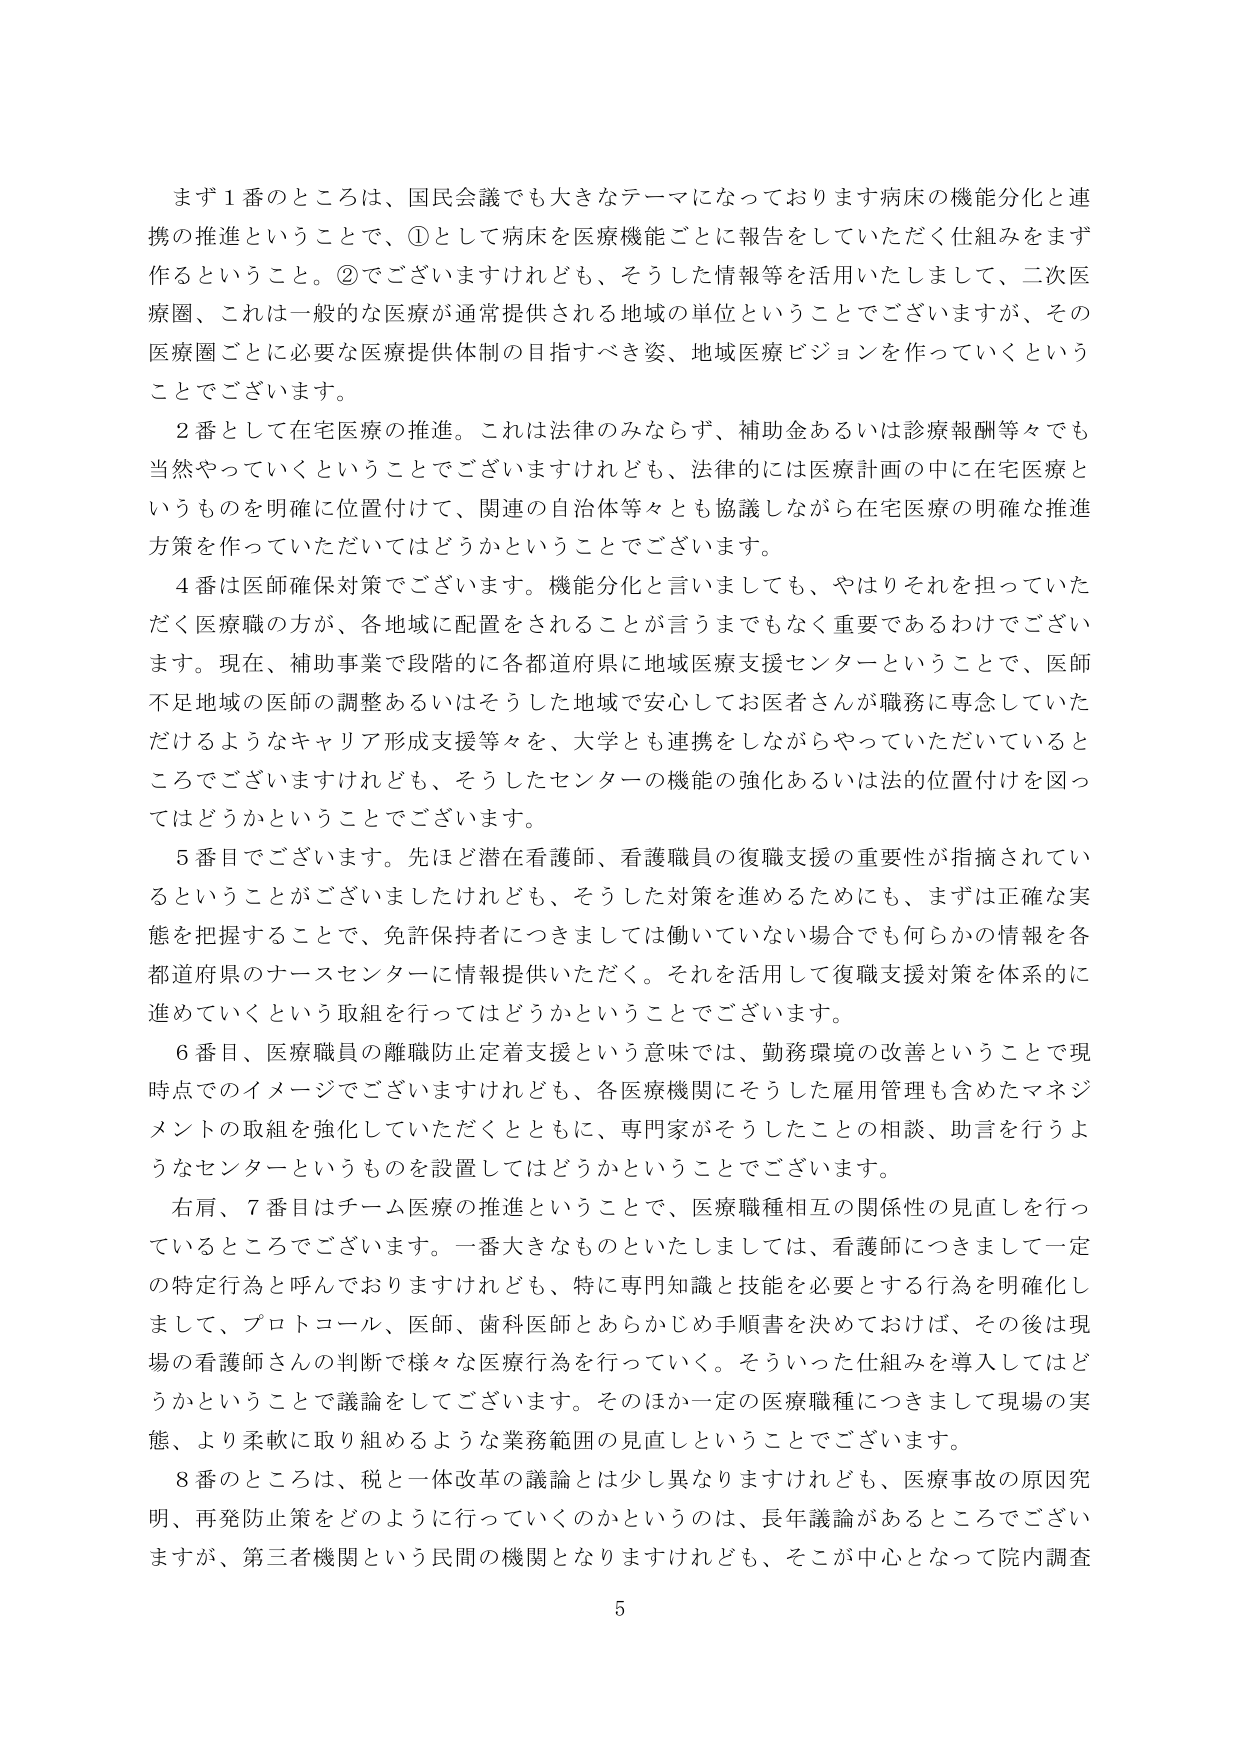
まず１番のところは、国民会議でも大きなテーマになっております病床の機能分化と連携の推進ということで、①として病床を医療機能ごとに報告をしていただく仕組みをまず作るということ。②でございますけれども、そうした情報等を活用いたしまして、二次医療圏、これは一般的な医療が通常提供される地域の単位ということでございますが、その医療圏ごとに必要な医療提供体制の目指すべき姿、地域医療ビジョンを作っていくということでございます。

２番として在宅医療の推進。これは法律のみならず、補助金あるいは診療報酬等々でも当然やっていくということでございますけれども、法律的には医療計画の中に在宅医療というものを明確に位置付けて、関連の自治体等々とも協議しながら在宅医療の明確な推進方策を作っていただいてはどうかということでございます。

４番は医師確保対策でございます。機能分化と言いましても、やはりそれを担っていただく医療職の方が、各地域に配置をされることが言うまでもなく重要であるわけでございます。現在、補助事業で段階的に各都道府県に地域医療支援センターということで、医師不足地域の医師の調整あるいはそうした地域で安心してお医者さんが職務に専念していただけるようなキャリア形成支援等々を、大学とも連携をしながらやっていただいているところでございますけれども、そうしたセンターの機能の強化あるいは法的位置付けを図ってはどうかということでございます。

５番目でございます。先ほど潜在看護師、看護職員の復職支援の重要性が指摘されているということがございましたけれども、そうした対策を進めるためにも、まずは正確な実態を把握することで、免許保持者につきましては働いていない場合でも何らかの情報を各都道府県のナースセンターに情報提供いただく。それを活用して復職支援対策を体系的に進めていくという取組を行ってはどうかということでございます。

６番目、医療職員の離職防止定着支援という意味では、勤務環境の改善ということで現時点でのイメージでございますけれども、各医療機関にそうした雇用管理も含めたマネジメントの取組を強化していただくとともに、専門家がそうしたことの相談、助言を行うようなセンターというものを設置してはどうかということでございます。

右肩、７番目はチーム医療の推進ということで、医療職種相互の関係性の見直しを行っているところでございます。一番大きなものといたしましては、看護師につきまして一定の特定行為と呼んでおりますけれども、特に専門知識と技能を必要とする行為を明確化しまして、プロトコール、医師、歯科医師とあらかじめ手順書を決めておけば、その後は現場の看護師さんの判断で様々な医療行為を行っていく。そういった仕組みを導入してはどうかということで議論をしてございます。そのほか一定の医療職種につきまして現場の実態、より柔軟に取り組めるような業務範囲の見直しということでございます。

８番のところは、税と一体改革の議論とは少し異なりますけれども、医療事故の原因究明、再発防止策をどのように行っていくのかというのは、長年議論があるところでございますが、第三者機関という民間の機関となりますけれども、そこが中心となって院内調査

5